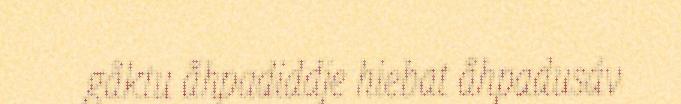
gåktu åhpadiddje hiebat åhpadusáv